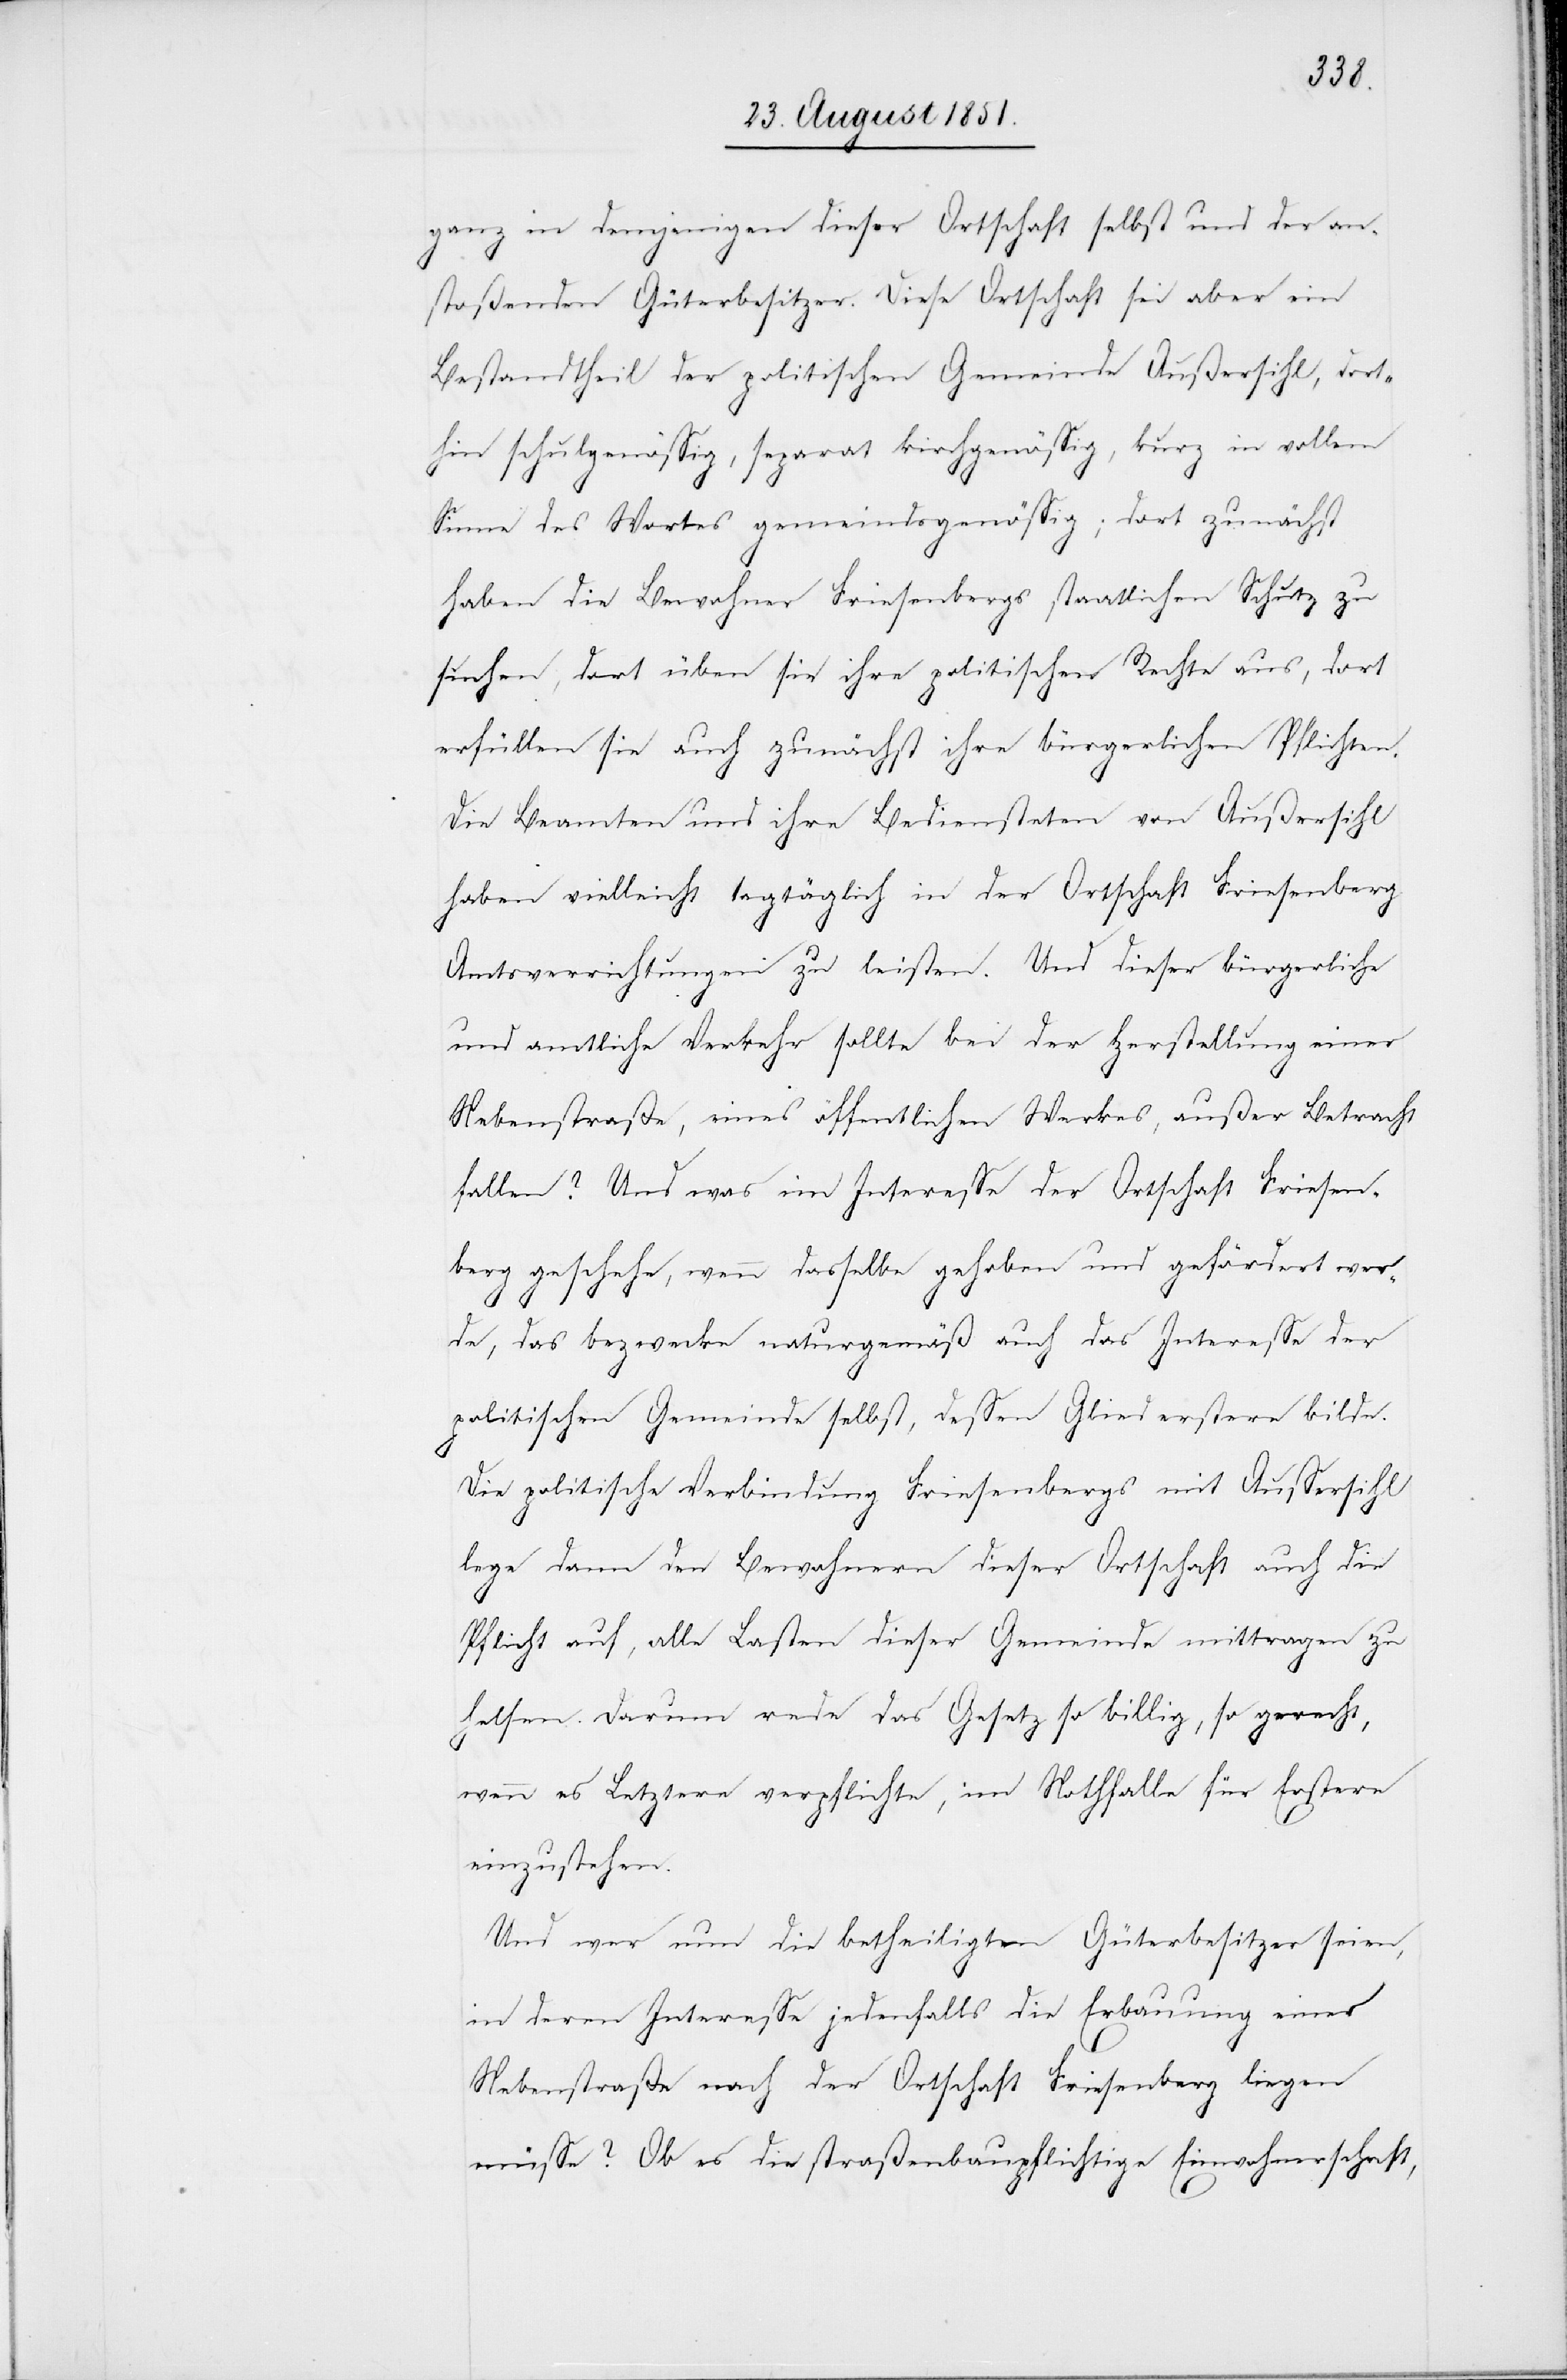
ganz in demjenigen dieser Ortschaft selbst und der an¬
stoßenden Güterbesitzer. Diese Ortschaft sei aber ein
Bestandtheil der politischen Gemeinde Außersihl, dort¬
hin schulgenössig, separat kirchgenössig, kurz in vollem
Sinne des Wortes gemeindsgenössig; dort zunächst
haben die Bewohner Friesenbergs staatlichen Schutz zu
suchen, dort üben sie ihre politischen Rechte aus, dort
erfüllen sie auch zunächst ihre bürgerlichen Pflichten.
Die Beamten und ihre Bediensteten von Außersihl
haben vielleicht tagtäglich in der Ortschaft Friesenberg
Amtsverrichtungen zu leisten. Und dieser bürgerliche
und amtliche Verkehr sollte bei der Herstellung einer
Nebenstraße, eines öffentlichen Werkes, außer Betracht
fallen? Und was im Interesse der Ortschaft Friesen¬
berg geschehe, wenn dasselbe gehoben und gefördert wer¬
de, das bezwecke naturgemäß auch das Interesse der
politischen Gemeinde selbst, dessen Glied erstere bilde.
Die politische Verbindung Friesenbergs mit Aussersihl
lege dann den Bewohnern dieser Ortschaft auch die
Pflicht auf, alle Lasten dieser Gemeinde mittragen zu
helfen. Darum rede das Gesetz so billig, so gerecht,
wenn es Letztere verpflichte, im Nothfalle für Erstere
einzustehen.
Und wer nun die betheiligten Güterbesitzer seien,
in deren Interesse jedenfalls die Erbauung einer
Nebenstraße nach der Ortschaft Friesenberg liegen
müsse? Ob es die straßenbaupflichtige Einwohnerschaft,